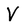
Character: v